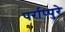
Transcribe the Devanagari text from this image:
पर्राप्पुरे